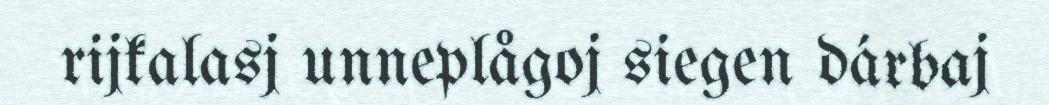
rijkalasj unneplågoj siegen dárbaj